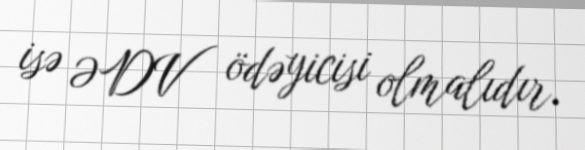
isə ƏDV ödəyicisi olmalıdır.